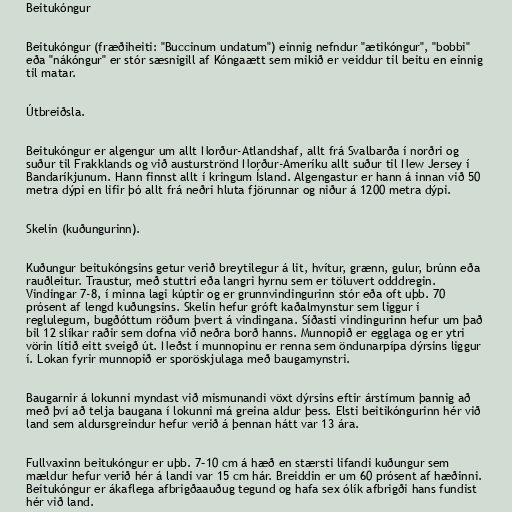
Beitukóngur

Beitukóngur (fræðiheiti: "Buccinum undatum") einnig nefndur "ætikóngur", "bobbi"
eða "nákóngur" er stór sæsnigill af Kóngaætt sem mikið er veiddur til beitu en einnig
til matar.

Útbreiðsla.

Beitukóngur er algengur um allt Norður-Atlandshaf, allt frá Svalbarða í norðri og
suður til Frakklands og við austurströnd Norður-Ameríku allt suður til New Jersey í
Bandaríkjunum. Hann finnst allt í kringum Ísland. Algengastur er hann á innan við 50
metra dýpi en lifir þó allt frá neðri hluta fjörunnar og niður á 1200 metra dýpi.

Skelin (kuðungurinn).

Kuðungur beitukóngsins getur verið breytilegur á lit, hvítur, grænn, gulur, brúnn eða
rauðleitur. Traustur, með stuttri eða langri hyrnu sem er töluvert odddregin.
Vindingar 7-8, í minna lagi kúptir og er grunnvindingurinn stór eða oft uþb. 70
prósent af lengd kuðungsins. Skelin hefur gróft kaðalmynstur sem liggur í
reglulegum, bugðóttum röðum þvert á vindingana. Síðasti vindingurinn hefur um það
bil 12 slíkar raðir sem dofna við neðra borð hanns. Munnopið er egglaga og er ytri
vörin lítið eitt sveigð út. Neðst í munnopinu er renna sem öndunarpípa dýrsins liggur
í. Lokan fyrir munnopið er sporöskjulaga með baugamynstri.

Baugarnir á lokunni myndast við mismunandi vöxt dýrsins eftir árstímum þannig að
með því að telja baugana í lokunni má greina aldur þess. Elsti beitikóngurinn hér við
land sem aldursgreindur hefur verið á þennan hátt var 13 ára.

Fullvaxinn beitukóngur er uþb. 7–10 cm á hæð en stærsti lifandi kuðungur sem
mældur hefur verið hér á landi var 15 cm hár. Breiddin er um 60 prósent af hæðinni.
Beitukóngur er ákaflega afbrigðaauðug tegund og hafa sex ólík afbrigði hans fundist
hér við land.